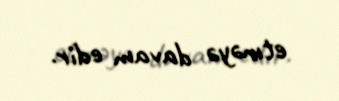
etməyə davam edir.